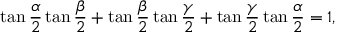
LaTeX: \tan { \frac { \alpha } { 2 } } \tan { \frac { \beta } { 2 } } + \tan { \frac { \beta } { 2 } } \tan { \frac { \gamma } { 2 } } + \tan { \frac { \gamma } { 2 } } \tan { \frac { \alpha } { 2 } } = 1 ,